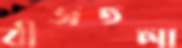
বীজতলা